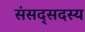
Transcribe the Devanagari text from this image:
संसद्सदस्य